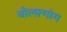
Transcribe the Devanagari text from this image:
वोल्फ़्गांग